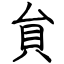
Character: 貟